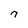
Character: n